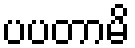
ပပတာမိ